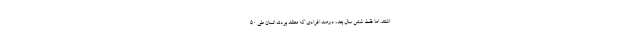
اشتند. اما فقط شش سال بعد، درصد افرادی که معتقد بودند انسان طی 50